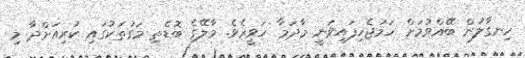
ހިނގާލުން ބޭއްވުމަށް ހަމަޖެހިފައިވަނީ މާދަމާ ހަވީރެވެ. މާލޭގެ ބޮޑެތި މަގުތަކުގައި ކުރިއަށްދާ މި